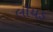
લૉયડ